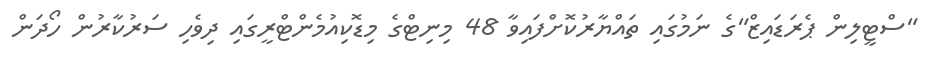
"ސްޓީލިން ޕެރަޑައިޒް"ގެ ނަމުގައި ތައްޔާރުކޮށްފައިވާ 48 މިނިޓްގެ މިޑޮކިއުމެންޓްރީގައި ދިވެހި ސަރުކާރުން ހޯދަން